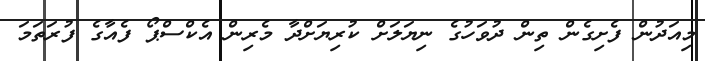
މިއަދުން ފެށިގެން ތިން ދުވަހުގެ ނިޔަލަށް ކުރިޔަށްދާ މެރިން އެކްސްޕޯ ފެއާގެ ފުރަތަމަ